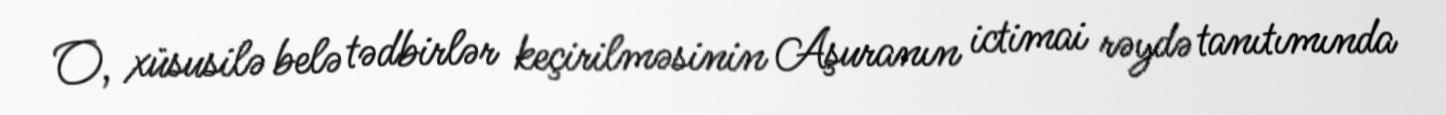
O, xüsusilə belə tədbirlər keçirilməsinin Aşuranın ictimai rəydə tanıtımında